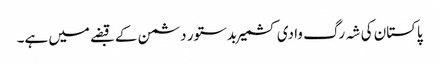
پاکستان کی شہ رگ وادی کشمیر بدستور دشمن کے قبضے میں ہے۔